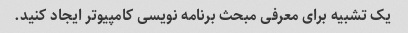
یک تشبیه برای معرفی مبحث برنامه نویسی کامپیوتر ایجاد کنید.